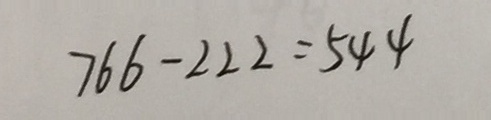
7 6 6 - 2 2 2 = 5 4 4